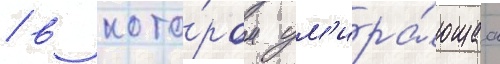
/ в кото́ром ум'ира́ющаа